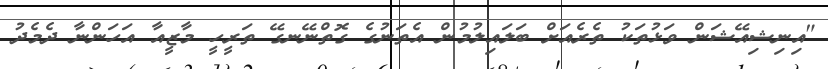
"އިނިޝިއޭޝަން ވަޅުތަކު ތެރެއަށް ބަލައިލުމުން އެތަނުގެ ގޮތްނޭނގޭ ތަރީހީ މާޒީއާ އަހަންނާ ދެމެދު